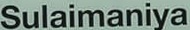
Sulaimaniya